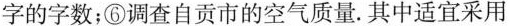
的字数；⑥调查自贡市的空气质量。其中适宜采用